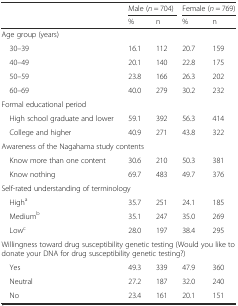
<table><thead><tr><td></td><td colspan="2"><b>Male (<i>n</i> = 704)</b></td><td colspan="2"><b>Female (<i>n</i> = 769)</b></td></tr><tr><td></td><td><b>%</b></td><td><b>n</b></td><td><b>%</b></td><td><b>n</b></td></tr></thead><tbody><tr><td colspan="5">Age group (years)</td></tr><tr><td> 30–39</td><td>16.1</td><td>112</td><td>20.7</td><td>159</td></tr><tr><td> 40–49</td><td>20.1</td><td>140</td><td>22.8</td><td>175</td></tr><tr><td> 50–59</td><td>23.8</td><td>166</td><td>26.3</td><td>202</td></tr><tr><td> 60–69</td><td>40.0</td><td>279</td><td>30.2</td><td>232</td></tr><tr><td colspan="5">Formal educational period</td></tr><tr><td> High school graduate and lower</td><td>59.1</td><td>392</td><td>56.3</td><td>414</td></tr><tr><td> College and higher</td><td>40.9</td><td>271</td><td>43.8</td><td>322</td></tr><tr><td colspan="5">Awareness of the Nagahama study contents</td></tr><tr><td> Know more than one content</td><td>30.6</td><td>210</td><td>50.3</td><td>381</td></tr><tr><td> Know nothing</td><td>69.7</td><td>483</td><td>49.7</td><td>376</td></tr><tr><td colspan="5">Self-rated understanding of terminology</td></tr><tr><td> High<sup>a</sup></td><td>35.7</td><td>251</td><td>24.1</td><td>185</td></tr><tr><td> Medium<sup>b</sup></td><td>35.1</td><td>247</td><td>35.0</td><td>269</td></tr><tr><td> Low<sup>c</sup></td><td>28.0</td><td>197</td><td>38.4</td><td>295</td></tr><tr><td colspan="5">Willingness toward drug susceptibility genetic testing (Would you like to donate your DNA for drug susceptibility genetic testing?)</td></tr><tr><td> Yes</td><td>49.3</td><td>339</td><td>47.9</td><td>360</td></tr><tr><td> Neutral</td><td>27.2</td><td>187</td><td>32.0</td><td>240</td></tr><tr><td> No</td><td>23.4</td><td>161</td><td>20.1</td><td>151</td></tr></tbody></table>